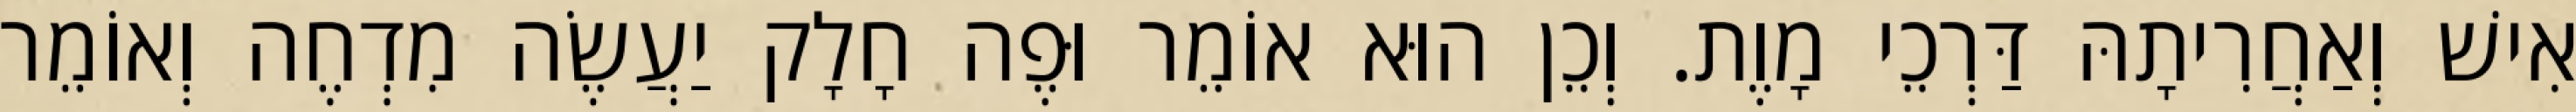
אִישׁ וְאַחֲרִיתָהּ דַּרְכֵי מָוֶת. וְכֵן הוּא אוֹמֵר וּפֶה חָלָק יַעֲשֶׂה מִדְחֶה וְאוֹמֵר